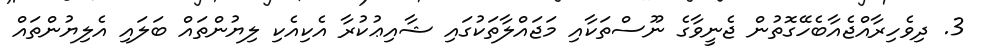
3. ދިވެހިރާއްޖެއާބެހޭގޮތުން ޖެނީވާގެ ނޫސްތަކާއި މަޖައްލާތަކުގައި ޝާއިޢުކުރާ އެކިއެކި ލިޔުންތައް ބަލައި އެލިޔުންތައް